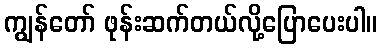
ကျွန်တော် ဖုန်းဆက်တယ်လို့ပြောပေးပါ။